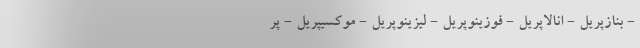
- بنازپریل - انالاپریل - فوزینوپریل - لیزینوپریل - موکسیپریل - پر